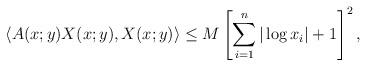
LaTeX: \begin{align*} \langle A(x;y)X(x;y),X(x;y) \rangle\leq M\left[\sum_{i=1}^n|\log x_i|+1\right]^2,\end{align*}